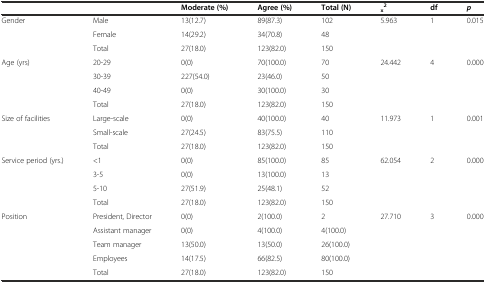
|  |  | Moderate (%) | Agree (%) | Total (N) | x2 | df | p |
 | --- | --- | --- | --- | --- | --- | --- | --- |
 | <ROWSPAN=2> Gender | Male | 13(12.7) | 89(87.3) | 102 | <ROWSPAN=2> 5.963 | <ROWSPAN=2> 1 | <ROWSPAN=2> 0.015 |
 | Female | 14(29.2) | 34(70.8) | 48 |
 |  | Total | 27(18.0) | 123(82.0) | 150 |  |  |  |
 | <ROWSPAN=3> Age (yrs) | 20-29 | 0(0) | 70(100.0) | 70 | <ROWSPAN=3> 24.442 | <ROWSPAN=3> 4 | <ROWSPAN=3> 0.000 |
 | 30-39 | 227(54.0) | 23(46.0) | 50 |
 | 40-49 | 0(0) | 30(100.0) | 30 |
 |  | Total | 27(18.0) | 123(82.0) | 150 |  |  |  |
 | <ROWSPAN=2> Size of facilities | Large-scale | 0(0) | 40(100.0) | 40 | <ROWSPAN=2> 11.973 | <ROWSPAN=2> 1 | <ROWSPAN=2> 0.001 |
 | Small-scale | 27(24.5) | 83(75.5) | 110 |
 |  | Total | 27(18.0) | 123(82.0) | 150 |  |  |  |
 | <ROWSPAN=3> Service period (yrs.) | <1 | 0(0) | 85(100.0) | 85 | 62.054 | 2 | 0.000 |
 | 3-5 | 0(0) | 13(100.0) | 13 |  |  |  |
 | 5-10 | 27(51.9) | 25(48.1) | 52 |  |  |  |
 |  | Total | 27(18.0) | 123(82.0) | 150 |  |  |  |
 | <ROWSPAN=4> Position | President, Director | 0(0) | 2(100.0) | 2 | 27.710 | 3 | 0.000 |
 | Assistant manager | 0(0) | 4(100.0) | 4(100.0) |  |  |  |
 | Team manager | 13(50.0) | 13(50.0) | 26(100.0) |  |  |  |
 | Employees | 14(17.5) | 66(82.5) | 80(100.0) |  |  |  |
 |  | Total | 27(18.0) | 123(82.0) | 150 |  |  |  |